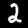
Label: 2